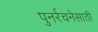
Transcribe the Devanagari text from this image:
पुनर्रचनेसाठी